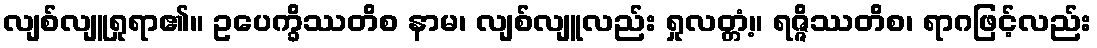
လျစ်လျူရှုရာ၏။ ဥပေက္ခိဿတိစ နာမ၊ လျစ်လျူလည်း ရှုလတ္တံ့။ ရဇ္ဇိဿတိစ၊ ရာဂဖြင့်လည်း